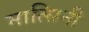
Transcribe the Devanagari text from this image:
मात्सिनी